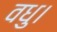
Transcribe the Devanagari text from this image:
वधु।